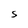
Character: S